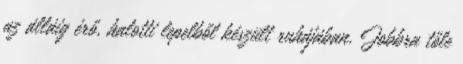
az álláig érő, halotti lepelből készült ruhájában. Jobbra tőle